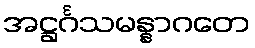
အဋ္ဌင်္ဂသမန္နာဂတေ